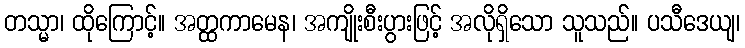
တသ္မာ၊ ထိုကြောင့်။ အတ္ထကာမေန၊ အကျိုးစီးပွားဖြင့် အလိုရှိသော သူသည်။ ပသီဒေယျ၊